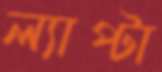
ল্যাপ্টা